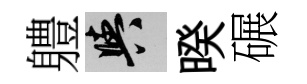
軆阳暌碾